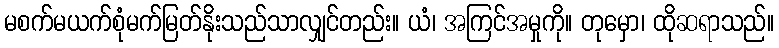
မစက်မယက်စုံမက်မြတ်နိုးသည်သာလျှင်တည်း။ ယံ၊ အကြင်အမှုကို။ တုမှော၊ ထိုဆရာသည်။